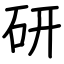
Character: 研